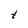
Character: t